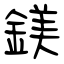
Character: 鎂